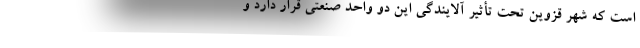
است که شهر قزوین تحت تأثیر آلایندگی این دو واحد صنعتی قرار دارد و